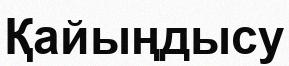
Қайыңдысу